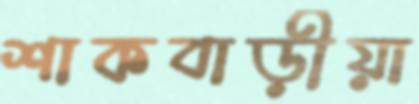
শাকবাড়ীয়া